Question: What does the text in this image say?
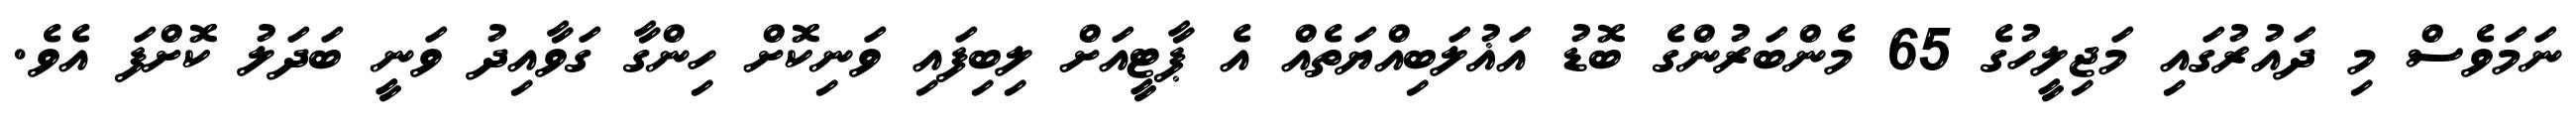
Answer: ނަމަވެސް މި ދައުރުގައި މަޖިލީހުގެ 65 މެންބަރުންގެ ބޮޑު އަޣުލަބިއްޔަތެއް އެ ޕާޓީއަށް ލިބިފައި ވަނިކޮށް ހިންގާ ގަވާއިދު ވަނީ ބަދަލު ކޮށްފަ އެވެ.